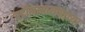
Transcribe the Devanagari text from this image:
बद्रीनारायणाच्या